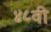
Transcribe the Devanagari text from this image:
४८वी